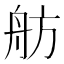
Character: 舫